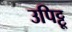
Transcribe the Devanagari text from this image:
उपिट्टू